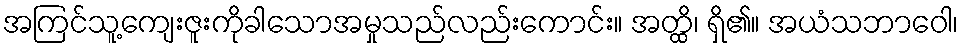
အကြင်သူ့ကျေးဇူးကိုခါသောအမှုသည်လည်းကောင်း။ အတ္ထိ၊ ရှိ၏။ အယံသဘာဝေါ၊